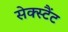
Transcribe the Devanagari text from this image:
सेक्स्टैंट